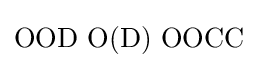
\mathrm {OOD\,\,O(D)\,\,OOCC}